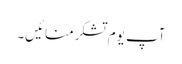
آپ یوم تشکرمنائیں۔